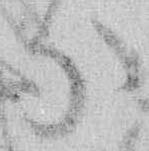
分